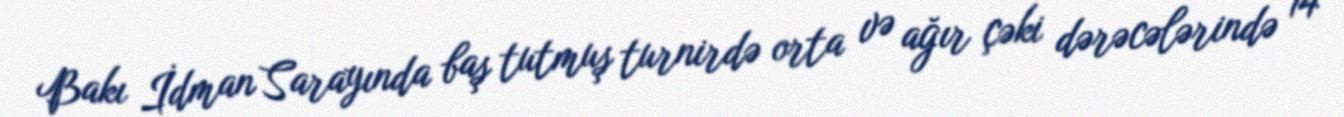
Bakı İdman Sarayında baş tutmuş turnirdə orta və ağır çəki dərəcələrində 14